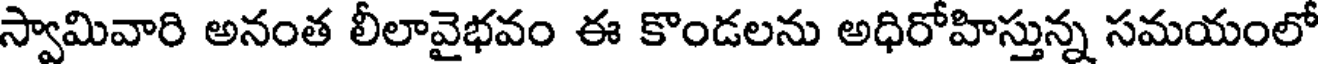
స్వామివారి అనంత లీలావైభవం ఈ కొండలను అధిరోహిస్తున్న సమయంలో